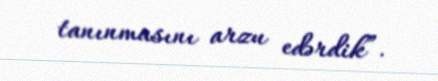
tanınmasını arzu edərdik”.